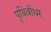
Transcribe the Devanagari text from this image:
पृथिवीधर